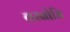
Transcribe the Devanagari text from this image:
वरबोधि